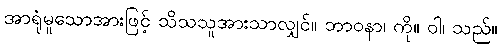
အာရုံမူသောအားဖြင့် သိသသူအားသာလျှင်။ ဘာဝနာ၊ ကို။ ဝါ၊ သည်။